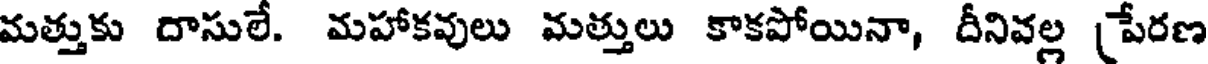
మత్తుకు దాసులే. మహాకవులు మత్తులు కాకపోయినా, దీనివల్ల పేరణ